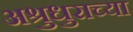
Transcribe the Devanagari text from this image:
अश्रुधुराच्या